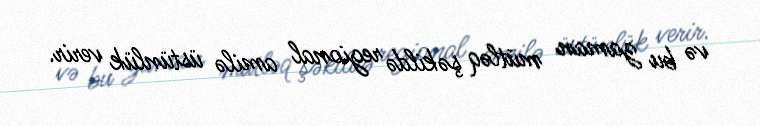
və bu zaman mütləq şəkildə regional amilə üstünlük verir.